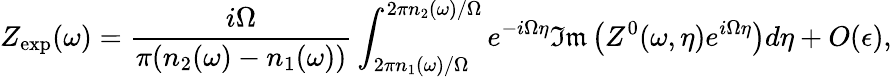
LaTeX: Z_{\mathrm{exp}}(\omega)=\frac{i\Omega}{\pi(n_{2}(\omega)-n_{1}(\omega))}\int_{2\pi n_{1}(\omega)/\Omega}^{2\pi n_{2}(\omega)/\Omega}e^{-i\Omega\eta}\mathfrak{Im}\left(Z^{0}(\omega,\eta)e^{i\Omega\eta}\right)d\eta+O(\epsilon),